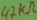
Text: 47KΩ